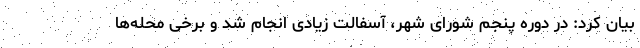
بیان کرد: در دوره پنجم شورای شهر، آسفالت زیادی انجام شد و برخی محله‌ها